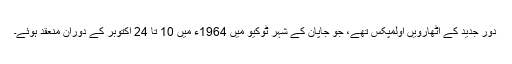
دور جدید کے اٹھارویں اولمپکس تھے، جو جاپان کے شہر ٹوکیو میں 1964ء میں 10 تا 24 اکتوبر کے دوران منعقد ہوئے۔